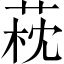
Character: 萙